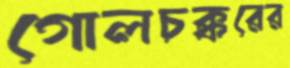
গোলচক্করের